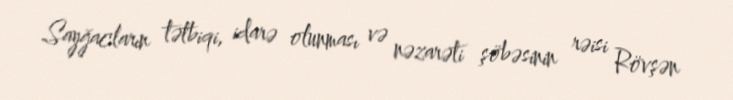
Sayğacların tətbiqi, idarə olunması və nəzarəti şöbəsinin rəisi Rövşən